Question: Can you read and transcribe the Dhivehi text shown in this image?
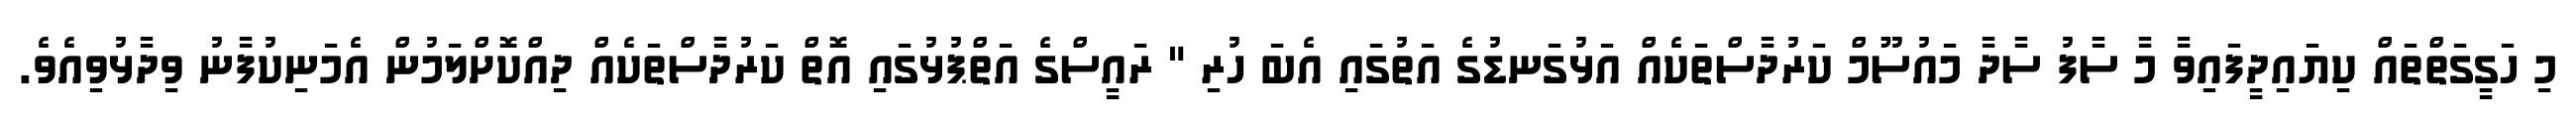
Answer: މި ހަގީގަތްތައް ކިޔައިދީފައިވާ މާ ސާފު ސާދާ މައުސޫމް ކަރުދާސްތަކެއް އަޅުގަނޑުގެ އަތުގައި އެބަ ހުރި " ރައީސްގެ އަތްޕުޅުގައި އޮތް ކަރުދާސްތަކެއް ދިއްކޮށްލަމުން އެމަނިކުފާނު ވިދާޅުވިއެވެ.